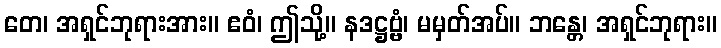
တေ၊ အရှင်ဘုရားအား။ ဧဝံ၊ ဤသို့။ နဒဋ္ဌဗ္ဗံ၊ မမှတ်အပ်။ ဘန္တေ၊ အရှင်ဘုရား။